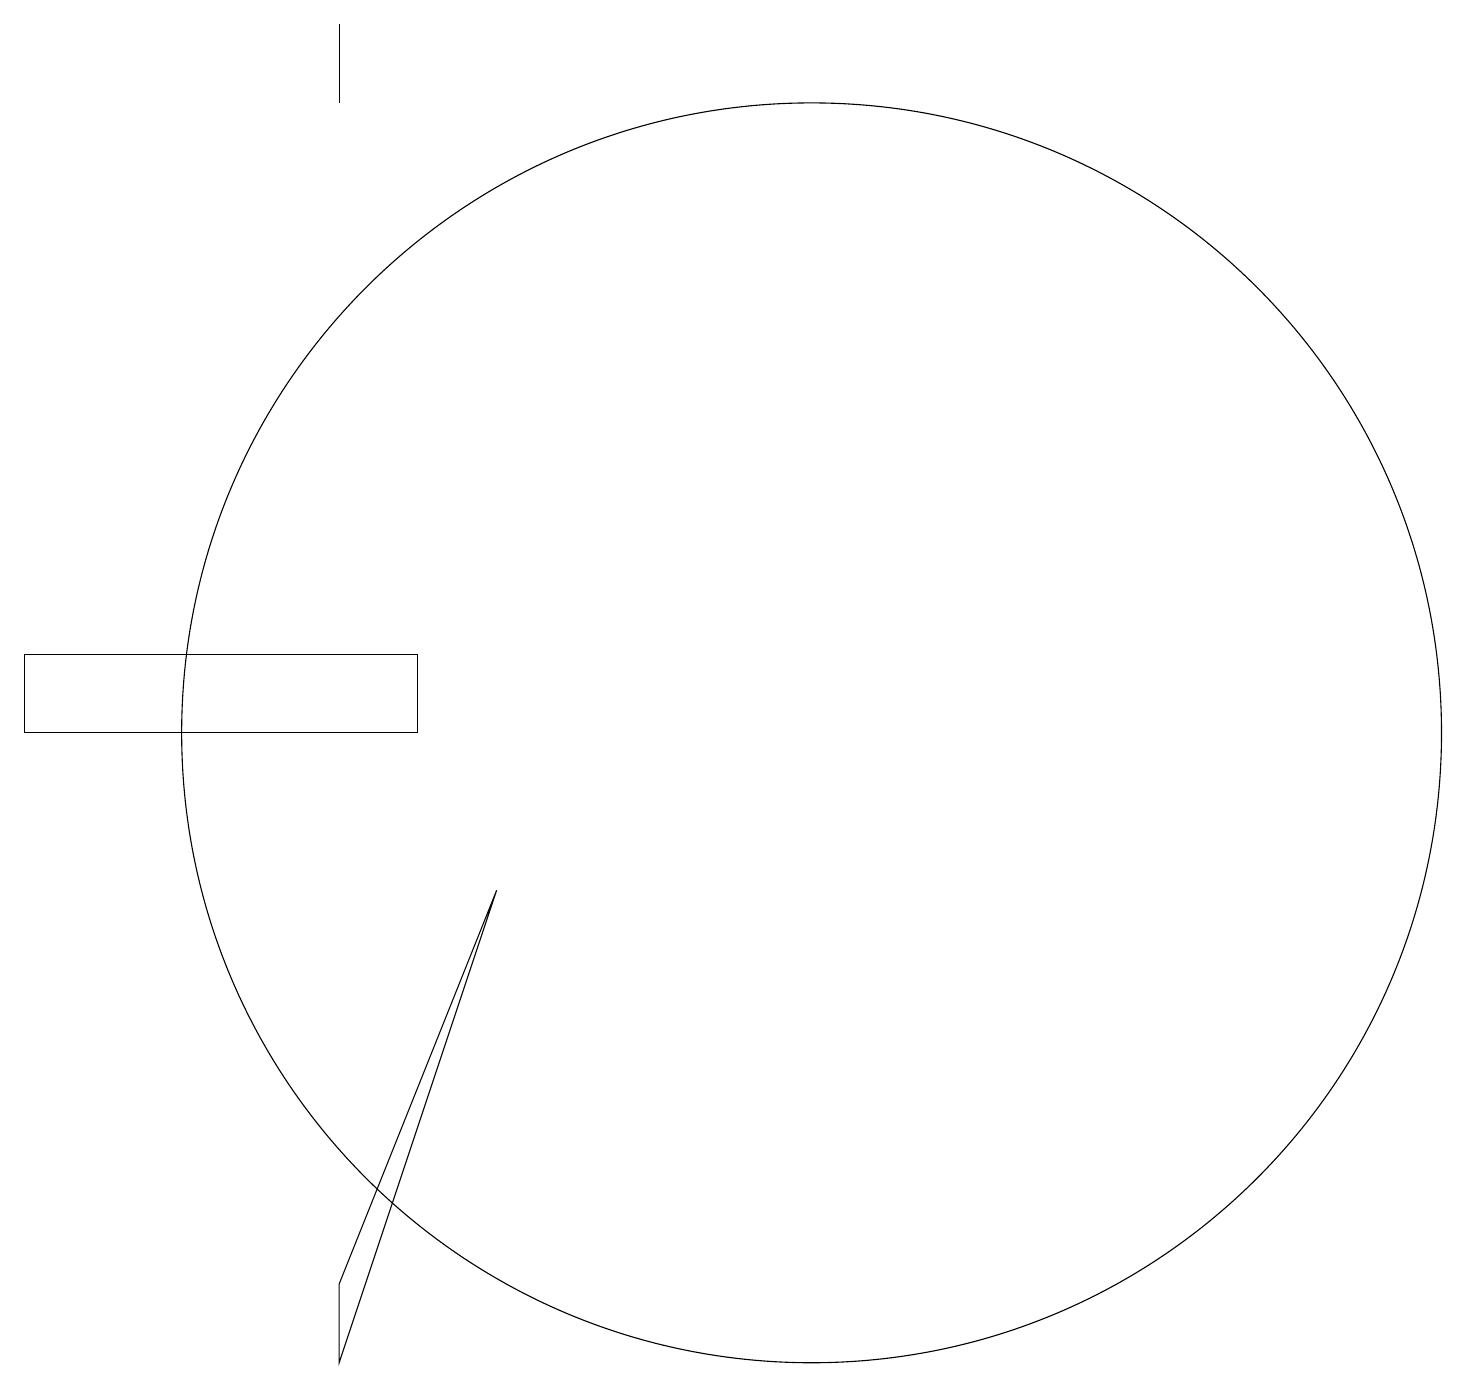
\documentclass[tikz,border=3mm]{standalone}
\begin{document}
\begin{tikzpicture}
\draw (11,10) circle (8);
\draw (5,2) -- (5,3) -- (7,8) -- cycle;
\draw (6,11) rectangle (1,10);
\draw (5,18) rectangle (5,19);
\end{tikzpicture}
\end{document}